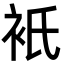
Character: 衹